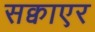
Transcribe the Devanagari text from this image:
सक्वाएर